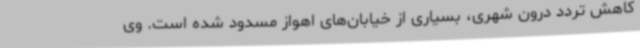
کاهش تردد درون شهری، بسیاری از خیابان‌های اهواز مسدود شده است. وی